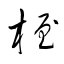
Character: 桎